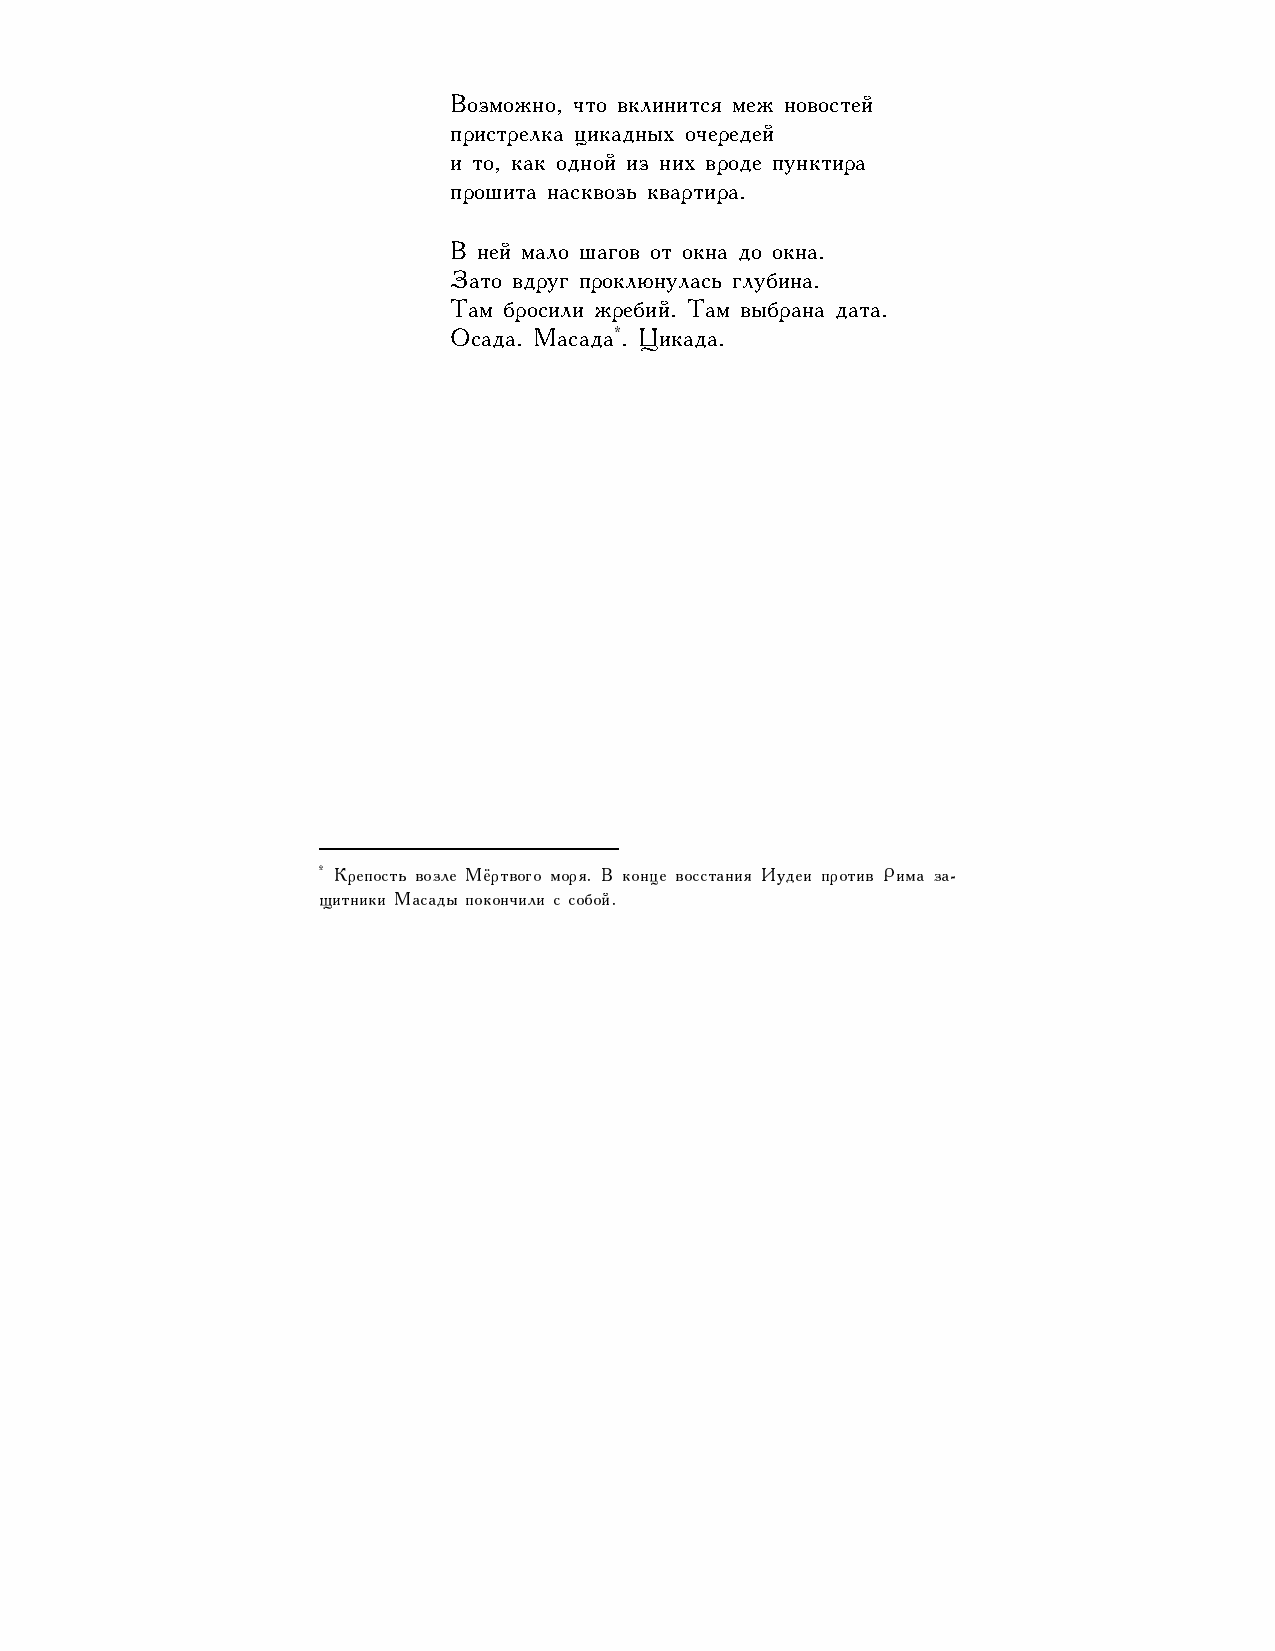
Возможно, что вклинится меж новостей
 пристрелка цикадных очередей
 и то, как одной из них вроде пунктира
 прошита насквозь квартира.
 В ней мало шагов от окна до окна.
 Зато вдруг проклюнулась глубина.
 Там бросили жребий. Там выбрана дата.
 *
 Осада. Масада . Цикада.
 * Крепость возле Мёртвого моря. В конце восстания Иудеи против Рима за-
 щитники Масады покончили с собой.
 108